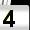
Digit: 4